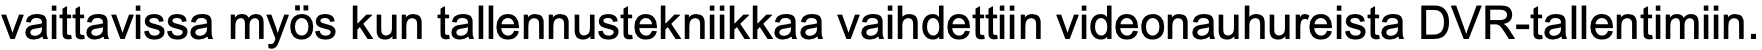
vaittavissa myös kun tallennustekniikkaa vaihdettiin videonauhureista DVR-tallentimiin.